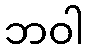
ဘဝါ